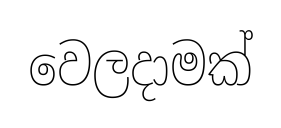
වෙලදාමක්